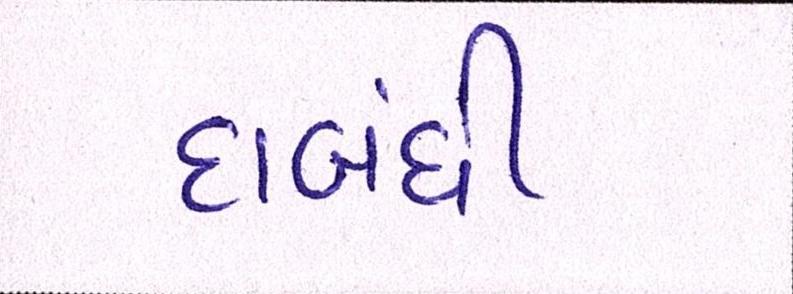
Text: દાબંધી